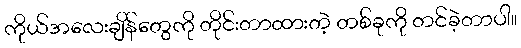
ကိုယ်အလေးချိန်တွေကို တိုင်းတာထားတဲ့ တစ်ခုကို တင်ခဲ့တာပါ။